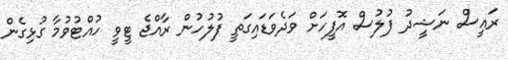
ރައީސް ނަޝީދު ފުލުސް އޮފީހަށް ވަދެވަޑައިގަތީ ފުލުހުން ރާއްޖެ ޓީވީ ހުއްޓުވުމާ ގުޅިގެން